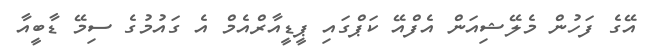
އޭގެ ފަހުން މެލޭޝިއަން އެފްއޭ ކަޕްގައި ޕީޑީއާރްއެމް އެ ގައުމުގެ ސިމޭ ޑާބީއާ